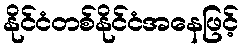
နိုင်ငံတစ်နိုင်ငံအနေဖြင့်